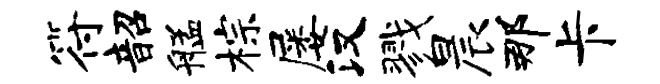
符韶艋棕屡汉戮晨那卡